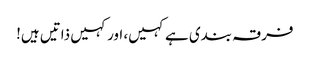
فرقہ بندی ہے کہیں، اور کہیں ذاتیں ہیں!